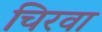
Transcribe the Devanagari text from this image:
चिरवा